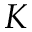
K